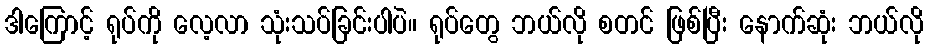
ဒါကြောင့် ရုပ်ကို လေ့လာ သုံးသပ်ခြင်းပါပဲ။ ရုပ်တွေ ဘယ်လို စတင် ဖြစ်ပြီး နောက်ဆုံး ဘယ်လို